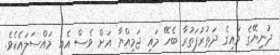
ދުނިޔޭގެ ވައިގެ ދަތުރުފަތުރާ ބެހޭ މައި ޖަމިއްޔާ އަށް ވެސް އެއީ މައްސަލައެކެވެ.